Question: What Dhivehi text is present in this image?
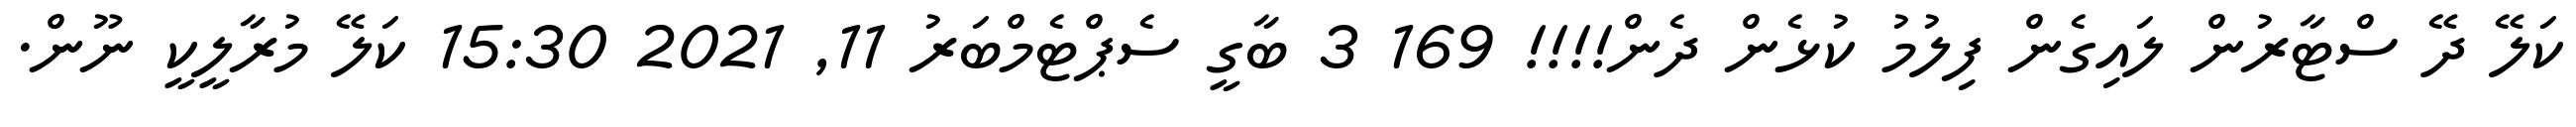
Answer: ކަލޭ ދޭ ސްޓާރުން ލައިގެން ފިލުމު ކުޅެން ދެން!!!! 169 3 ބާގީ ސެޕްޓެމްބަރު 11, 2021 15:30 ކަލޭ މުރާލީކީ ނޫން.